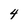
Character: 4